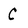
Character: C